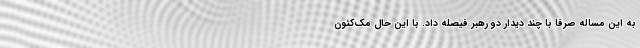
به این مساله صرفا با چند دیدار دو رهبر فیصله داد. با این حال مک‌کئون